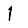
Digit: 1